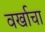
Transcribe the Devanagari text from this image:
वर्खाचा